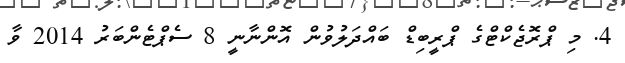
4. މި ޕްރޮޖެކްޓްގެ ޕްރީބިޑް ބައްދަލުވުން އޮންނާނީ 8 ސެޕްޓެންބަރު 2014 ވާ